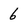
Character: 6